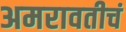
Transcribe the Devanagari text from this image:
अमरावतीचं